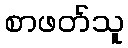
စာဖတ်သူ